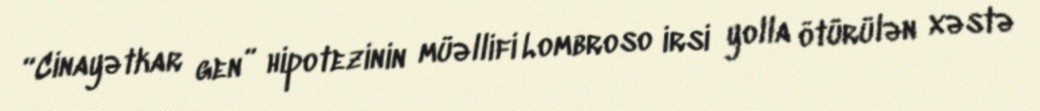
“Cinayətkar gen” hipotezinin müəllifi Lombroso irsi yolla ötürülən xəstə